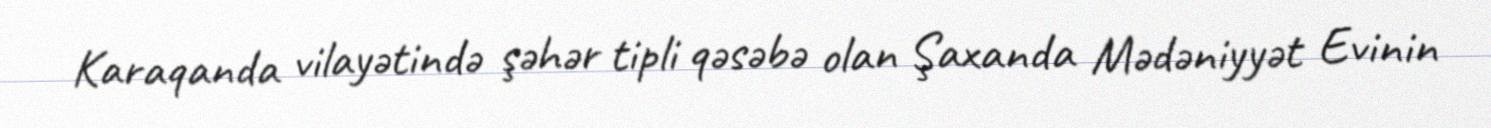
Karaqanda vilayətində şəhər tipli qəsəbə olan Şaxanda Mədəniyyət Evinin